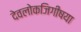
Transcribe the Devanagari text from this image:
देवलोकजिगीषया